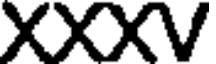
XXXV